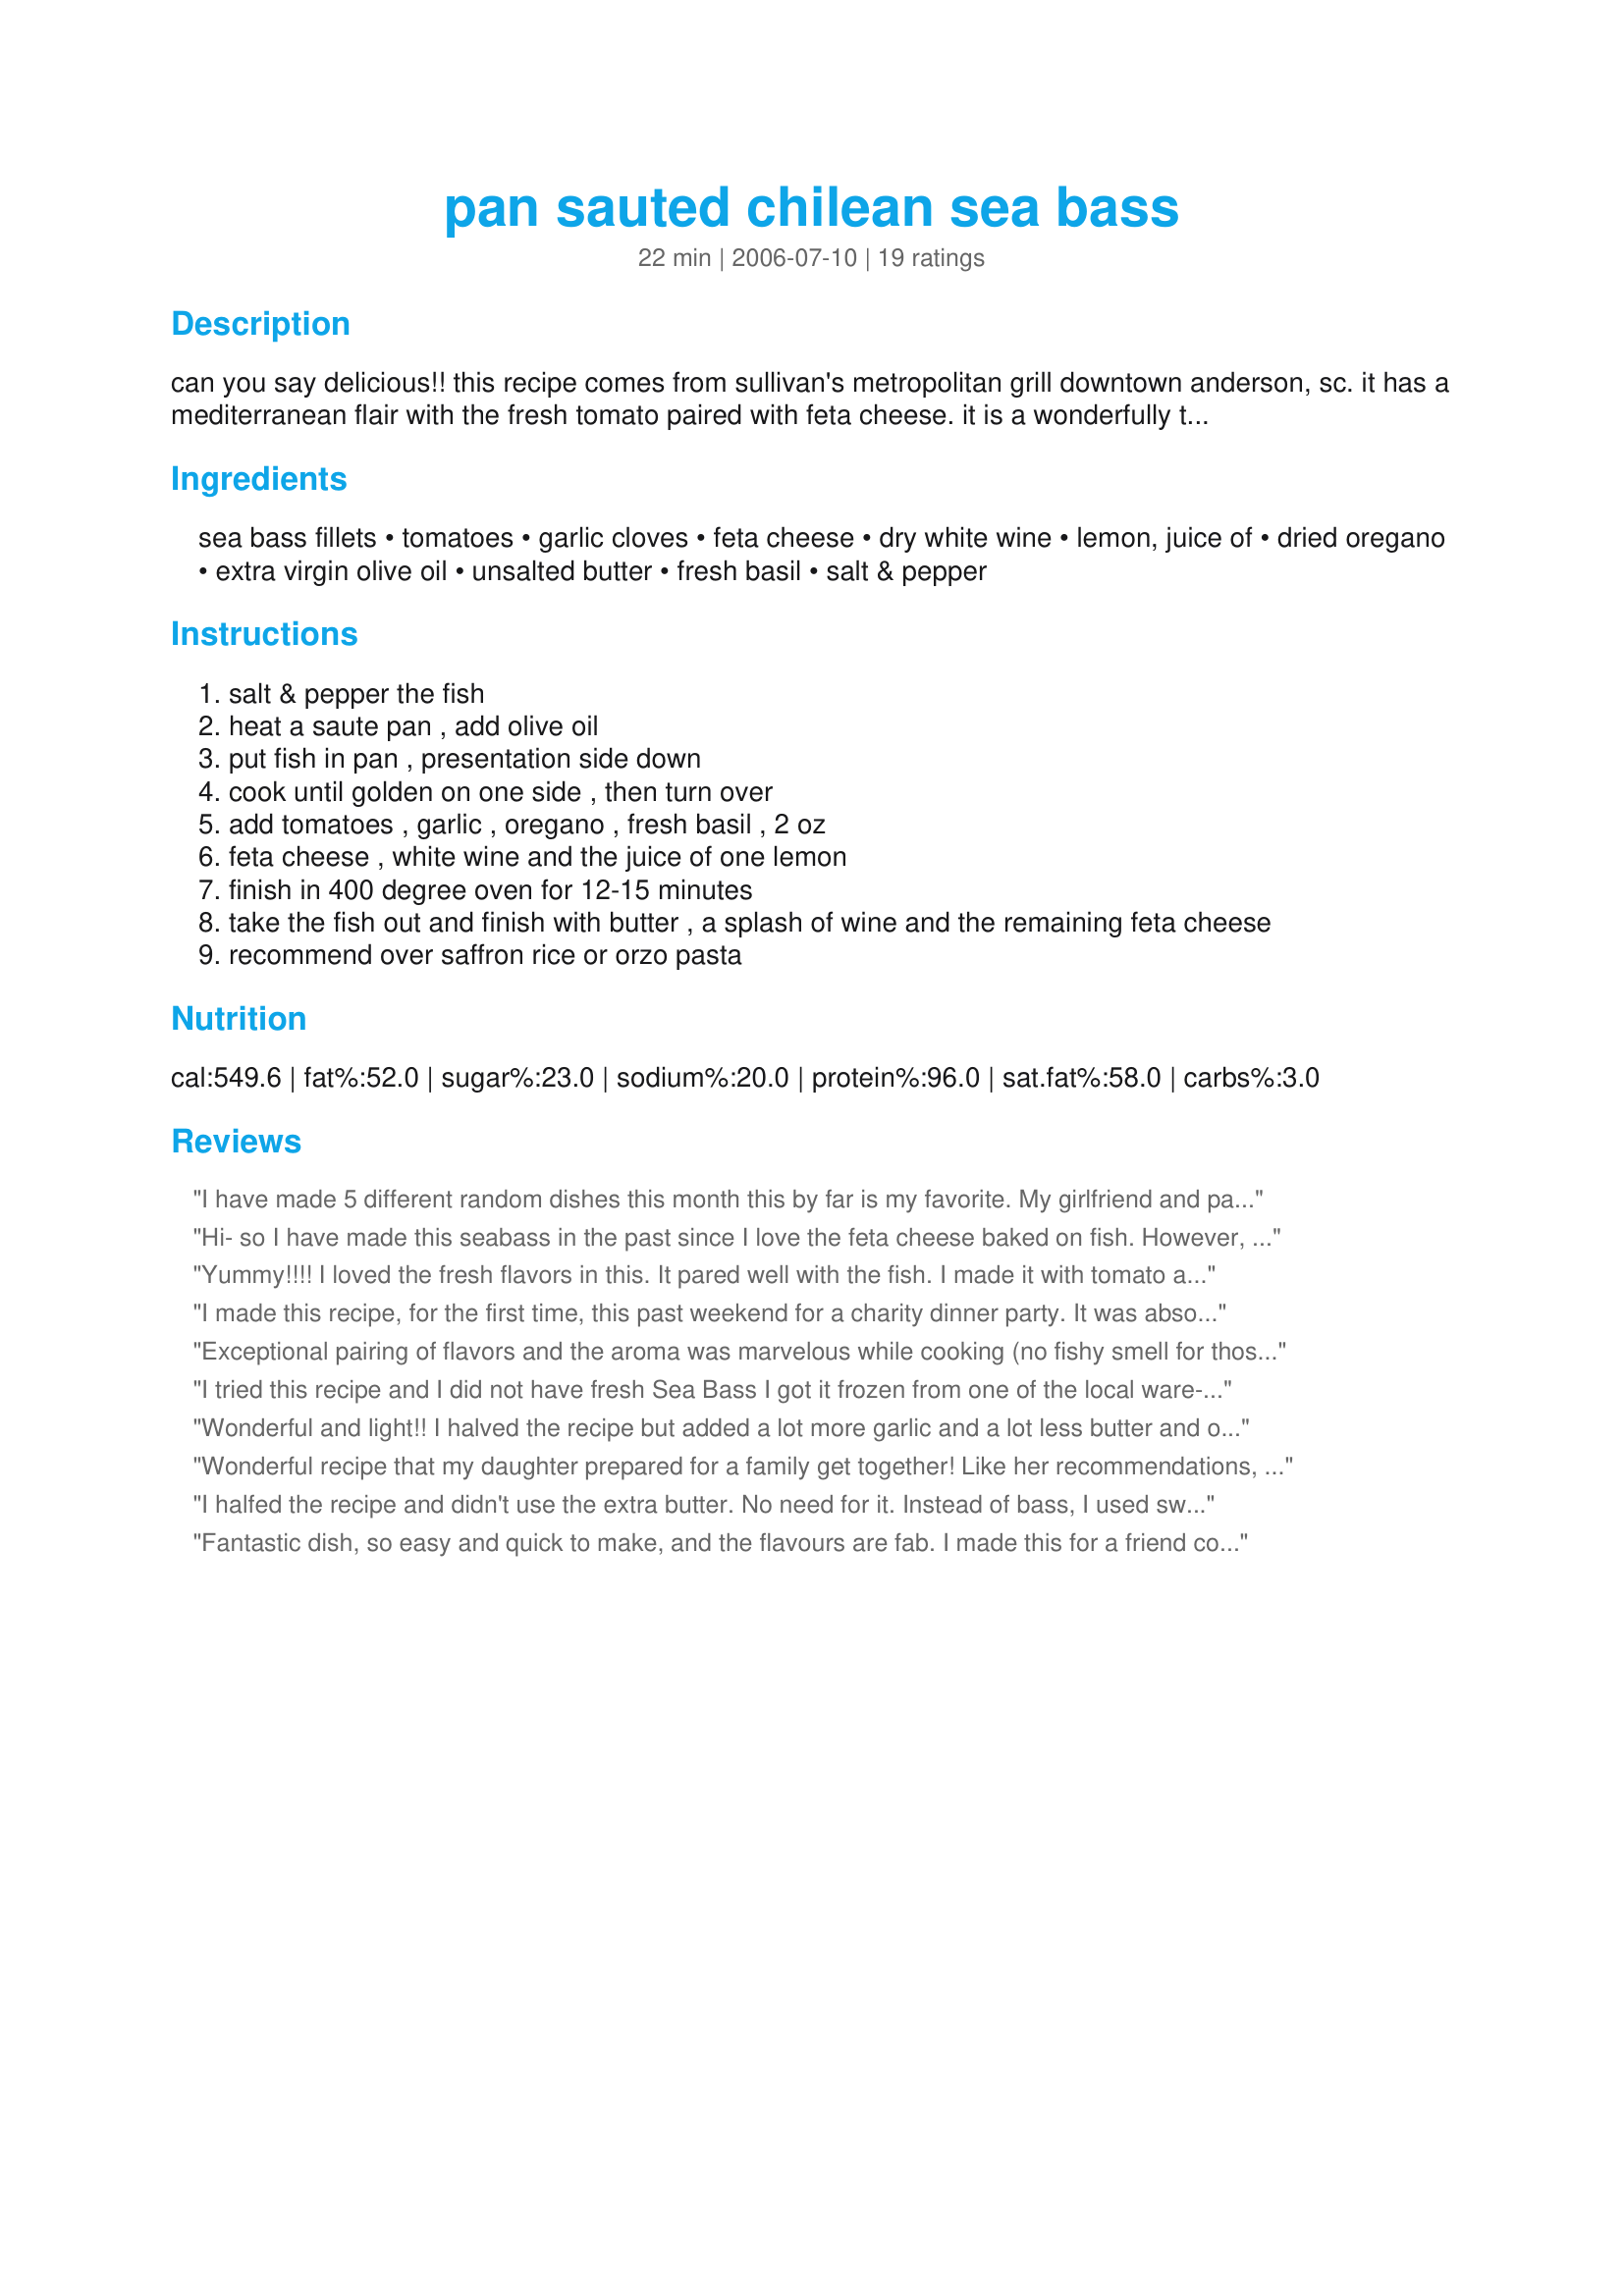
pan sauted chilean sea bass
Preparation time: 22 minutes

can you say delicious!! this recipe comes from sullivan's metropolitan grill downtown anderson, sc. it has a mediterranean flair with the fresh tomato paired with feta cheese. it is a wonderfully tasty combination that you can’t go wrong with. my husband and & i treat ourselves once a month to this dish.

Ingredients:
sea bass fillets, tomatoes, garlic cloves, feta cheese, dry white wine, lemon, juice of, dried oregano, extra virgin olive oil, unsalted butter, fresh basil, salt & pepper

Steps:
salt & pepper the fish
heat a saute pan , add olive oil
put fish in pan , presentation side down
cook until golden on one side , then turn over
add tomatoes , garlic , oregano , fresh basil , 2 oz
feta cheese , white wine and the juice of one lemon
finish in 400 degree oven for 12-15 minutes
take the fish out and finish with butter , a splash of wine and the remaining feta cheese
recommend over saffron rice or orzo pasta

Reviews:
I have made 5 different random dishes this month this by far is my favorite. My girlfriend and parents loved it as well. And it is healthy without losing flavor.
Hi- so I have made this seabass in the past since I love the feta cheese baked on fish. However, I have never made it over saffron rice (or ever made saffron race) would these two tastes go well together? Would you recommend making it with white rice? any other recommendations? Thanks for your help! Cheers!
Yummy!!!! I loved the fresh flavors in this. It pared well with the fish. I made it with tomato and garlic lentils, and sauteed spinach with shallots.
I made this recipe, for the first time, this past weekend for a charity dinner party. It was absolutely delicious and everyone loved it! I even got requests for the recipe! I used fresh oregano instead of dried. I served it over orzo (with fresh spinach, mushrooms & pinenuts) and Greek style string beans. This recipe was not difficult to make and looks just beautiful when you take it out of the oven. I can't wait to make it again!
Exceptional pairing of flavors and the aroma was marvelous while cooking (no fishy smell for those who resist cooking fish at home). I have two minor recommendations. First the recipe does not provide the temperature used for sautÃ©ing and this would have helped my husband who prepared this dish. Second, a suggestion in purchasing the fish to avoid under or overcooking: if possible buy the fillets in similar size and thickness. Again, not something all chefs think about when purchasing. Thanks for adding to our fish meals repertoire!
I tried this recipe and I did not have fresh Sea Bass I got it frozen from one of the local ware-house type stores and this came out wonderful, it was so delicious. I packed the rest for lunch and when I re-heated it did not have that fish smell. The feta cheese is a must for lots of flavor, it went perfectly with the other ingredients. Thank-you so much for this recipe.
Wonderful and light!! I halved the recipe but added a lot more garlic and a lot less butter and olive oil. Served with some crusty bread and green beans. My 2 - 8 oz. servings of fish were done in the oven after less than 10 minutes on 400 and they were so tender and moist. This is so quick to prepare...great for weeknight meals. We loved it and will be enjoying it often!! (Also, anyone who enjoyed this and enjoys mussels should try 'Mussels With Tomatoes and Feta
Recipe #182262' -- an excellent recipe with similar flavors!) Thanks so much for posting!
Wonderful recipe that my daughter prepared for a family get together! Like her recommendations, I reduced the evo and butter, and increased the garlic.
My cooking time in the oven was about 10 minutes. This recipe is just super!
I halfed the recipe and didn't use the extra butter. No need for it. Instead of bass, I used swordfish instead and it was a great dinner. I love it. Thank you for posting this recipe since it is so difficult to find a good fish recipe that I like. Keeper file.
Fantastic dish, so easy and quick to make, and the flavours are fab. I made this for a friend coming round for dinner and will be making this again soon. I used fresh tomatoes rather than canned but may try with canned next time to make it more saucey.
Thank you very much for sharing this dish. I only had BASA fish handy and I was in a rush so this looked like something that was worth the try. MY OH MY! What a surprise, the dish came out just perfect!!! Will definitely make it again in the very near future. :)
This had a nice lemony flavor. I made the light version of this with 1 tablespoon of oil and no butter. I chopped the tomatoes and garlic (not sure if that was intended). Their ends up being a lot of liquid, DH said dipping bread in the "soup" tasted pretty good!
I know I have used this before - but prepared it tonight for tilapia loins. The garden tomatoes are gone, but canned petite chopped with oregano worked just fine. I also did not finish in the oven, but put the lid on the fish and sauce for about 12 minutes, while the saffron rice cooked. With a green salad and fresh bread, made a tasty meal. Have enough sauce for tomorrow's FRESH rockfish, DH's catch of the day. Thanks for posting.
Delicious!!! You know it's good when my picky teenagers are fighting for the last morsel!!! I will definitely make this again! Thanks for the great recipe!
thought this was good, but would like to know how long people cooked their fish....mine never got golden brown...and on what heat setting? Either way, we eventually got it done and we added minced garlic as well...great, great sauce and flavor
Wonderful recipe with delicous flavours! It would probably be a 5 but I did have some trouble with the cooking time. I did put it in the oven for 14 minutes but the middle of the fish could have been cooked more (which is very hard to check with all the sauce). I wasn't sure from the way the recipe was written whether the toppings were to be heated / cooked in the pan prior to transferring to the oven. If I were to do this again, I think I would try cooking the topping separately, straining and then putting on top of the fish when served to keep it from being less soupy.
Wow, this is over the top. I can see that this would be a hit at any nice restaurant. Very flavorful, tangy with lemon, tomato and wine, and the feta cheese melted just enough to be creamy. My whole family gobbled this up. I think the same recipe would also work well for salmon filets, which would be a little easier on the pocketbook for cost-conscious foodies. Made for PAC Fall 2007. Fantastic recipe, Lovethatwine! 

Edited 10/19 to add: I loved this so much I wanted to make it again, but out of concern for my piggybank, used tilapia the second time around instead of Chilean sea bass. It was delightful! I might try it again soon with salmon. Yum, yum, yum.
I don't know what to say about this recipe, except that I feel bad even rating it because I am giving it the same 5 stars I have given other recipes and it is on a totally different plane of goodness, like I-can't-believe-I-made-this-it-tastes-like-it-came-from-a-five-star-restaurant-goodness! I did sub a small can of tomato sauce for the fresh tomatoes because my ridiculous husband refuses to eat tomatoes. (He also loved this dish!)
This was a huge hit with my family! What was particularly impressive was how fast it was to make. I used fresh Monchong fillets and a can of cut tomatoes, and skipped the butter. Because there was a lot of liquid, I let it finish cooking in the pan with the lid off and it came out great, with less mess to clean up. The additional sauce and feta were delicious over the orzo.
